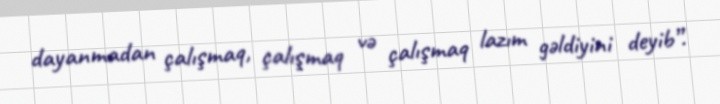
dayanmadan çalışmaq, çalışmaq və çalışmaq lazım gəldiyini deyib”.